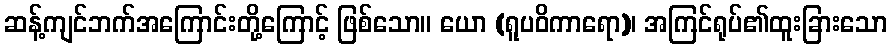
ဆန့်ကျင်ဘက်အကြောင်းတို့ကြောင့် ဖြစ်သော။ ယော (ရူပဝိကာရော)၊ အကြင်ရုပ်၏ထူးခြားသော